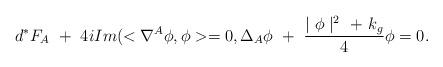
LaTeX: \begin{align*}d^{*}F_{A} \ +\ 4iIm(<\nabla^{A}\phi,\phi>=0,\Delta_{A} \phi \ +\ \frac{\mid \phi \mid^{2}\ +\ k_{g}}{4}\phi=0.\end{align*}